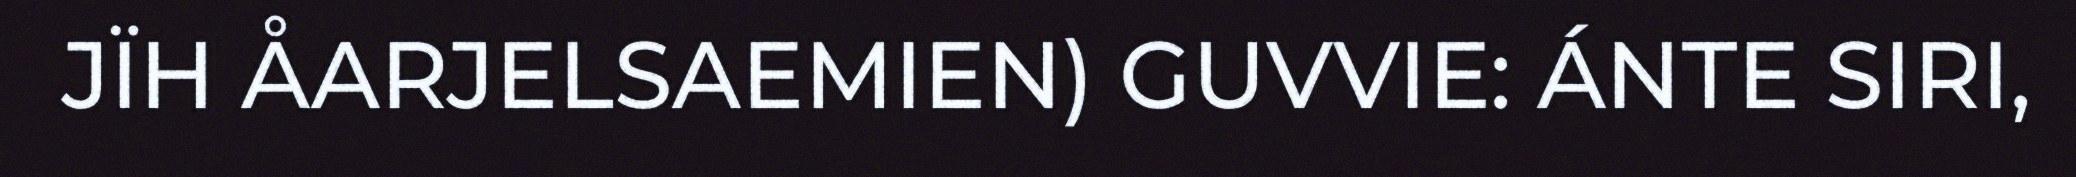
JÏH ÅARJELSAEMIEN) GUVVIE: ÁNTE SIRI,